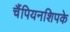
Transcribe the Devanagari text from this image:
चैंपियनशिपके